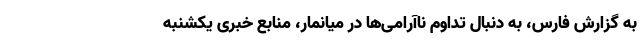
به گزارش فارس، به دنبال تداوم ناآرامی‌ها در میانمار، منابع خبری یکشنبه